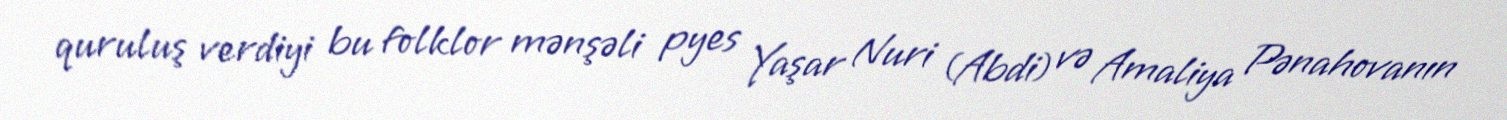
quruluş verdiyi bu folklor mənşəli pyes Yaşar Nuri (Abdi) və Amaliya Pənahovanın